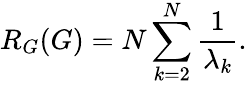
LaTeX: R_{G}(G)=N\sum_{k=2}^{N}\frac{1}{\lambda_{k}}.